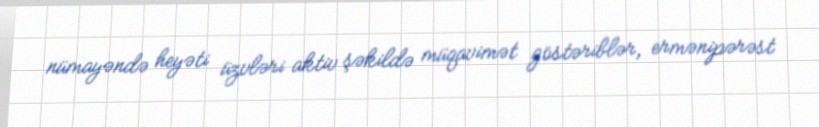
nümayəndə heyəti üzvləri aktiv şəkildə müqavimət göstəriblər, ermənipərəst